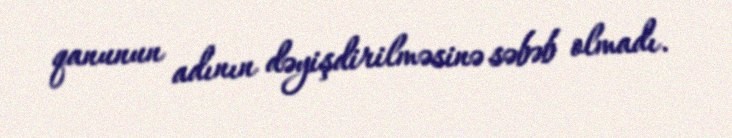
qanunun adının dəyişdirilməsinə səbəb olmadı.